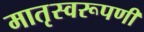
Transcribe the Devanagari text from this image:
मातृस्वरूपणी